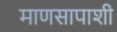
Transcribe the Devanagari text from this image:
माणसापाशी